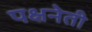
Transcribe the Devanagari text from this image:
पक्षनेती